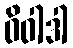
ဝိဝါဒါ